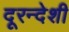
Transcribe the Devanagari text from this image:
दूरन्देशी